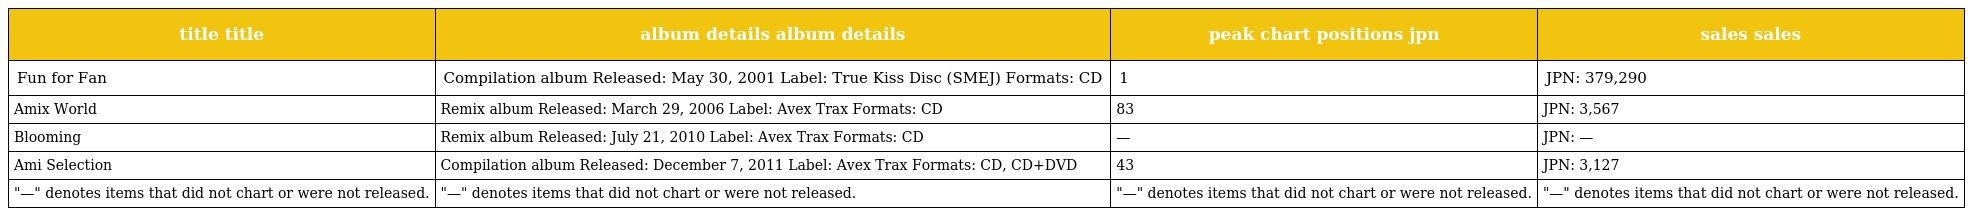
| title title | album details album details | peak chart positions jpn | sales sales |
 | --- | --- | --- | --- |
 | Fun for Fan | Compilation album Released: May 30, 2001 Label: True Kiss Disc (SMEJ) Formats: CD | 1 | JPN: 379,290 |
 | Amix World | Remix album Released: March 29, 2006 Label: Avex Trax Formats: CD | 83 | JPN: 3,567 |
 | Blooming | Remix album Released: July 21, 2010 Label: Avex Trax Formats: CD | — | JPN: — |
 | Ami Selection | Compilation album Released: December 7, 2011 Label: Avex Trax Formats: CD, CD+DVD | 43 | JPN: 3,127 |
 | "—" denotes items that did not chart or were not released. | "—" denotes items that did not chart or were not released. | "—" denotes items that did not chart or were not released. | "—" denotes items that did not chart or were not released. |